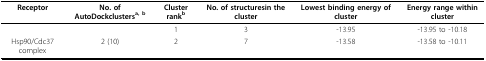
<table><thead><tr><td><b>Receptor</b></td><td><b>No. of AutoDockclusters<sup>a, b</sup></b></td><td><b>Cluster rank<sup>b</sup></b></td><td><b>No. of structuresin the cluster</b></td><td><b>Lowest binding energy of cluster</b></td><td><b>Energy range within cluster</b></td></tr></thead><tbody><tr><td></td><td></td><td>1</td><td>3</td><td>-13.95</td><td>-13.95 to -10.18</td></tr><tr><td>Hsp90/Cdc37 complex</td><td>2 (10)</td><td>2</td><td>7</td><td>-13.58</td><td>-13.58 to -10.11</td></tr></tbody></table>